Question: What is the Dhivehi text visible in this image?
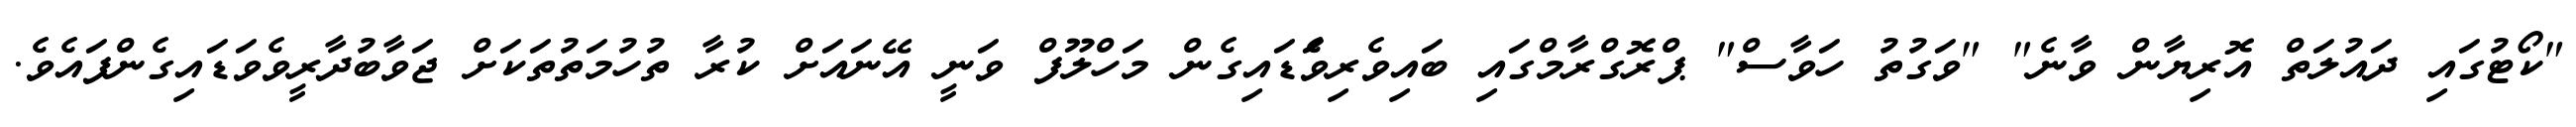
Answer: "ކޯޓުގައި ދައުލަތް އޮރިޔާން ވާނެ" "ވަގުތު ހަވާސް" ޕްރޮގްރާމްގައި ބައިވެރިވެަޑައިގެން މަހްލޫފް ވަނީ އޭނައަށް ކުރާ ތުހުމަތުތަކަށް ޖަވާބުދާރީވެވަޑައިގެންފައެވެ.